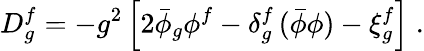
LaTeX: D_{g}^{f}=-g^{2}\left[2\bar{\phi}_{g}\phi^{f}-\delta_{g}^{f}\, (\bar{\phi}\phi)-\xi_{g}^{f}\right]\; .